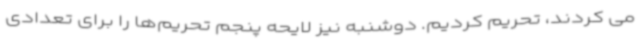
می کردند، تحریم کردیم. دوشنبه نیز لایحه پنجم تحریم‌ها را برای تعدادی